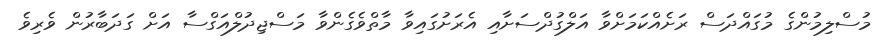
މުސްލިމުންގެ މުގައްދަސް ރަށެއްކަމަށްވާ އަލްގުދްސަށާއި އެރަށުގައިވާ މާތްވެގެންވާ މަސްޖިދުލްއަގްސާ އަށް ގަދަބާރުން ވެރިވެ